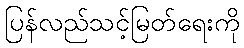
ပြန်လည်သင့်မြတ်ရေးကို